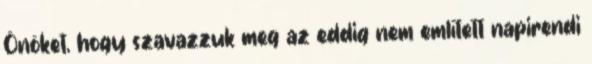
Önöket, hogy szavazzuk meg az eddig nem említett napirendi